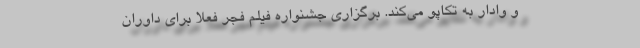
و وادار به تکاپو می‌کند. برگزاری جشنواره فیلم فجر فعلا برای داوران